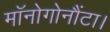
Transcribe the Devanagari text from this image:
मॉनोगोनौंटा।